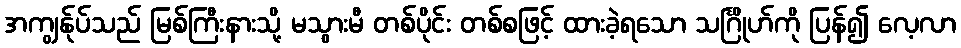
အကျွန်ုပ်သည် မြစ်ကြီးနားသို့ မသွားမီ တစ်ပိုင်း တစ်စဖြင့် ထားခဲ့ရသော သင်္ဂြိုဟ်ကို ပြန်၍ လေ့လာ